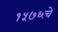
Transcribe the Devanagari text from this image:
१५७६चे